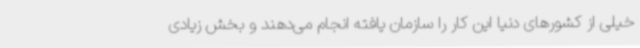
خیلی از کشورهای دنیا این کار را سازمان یافته انجام می‌دهند و بخش زیادی